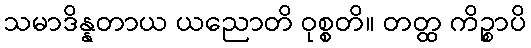
သမာဒိန္နတာယ ယညောတိ ဝုစ္စတိ။ တတ္ထ ကိဉ္စာပိ